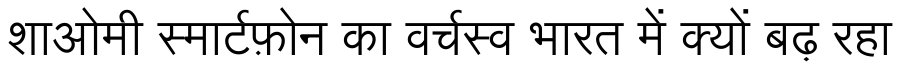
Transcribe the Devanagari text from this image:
शाओमी स्मार्टफ़ोन का वर्चस्व भारत में क्यों बढ़ रहा